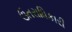
ઉતરાધિકારી